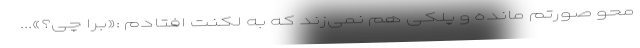
محو صورتم مانده و پلکی هم نمی‌زند که به لکنت افتادم :«برا چی؟»...